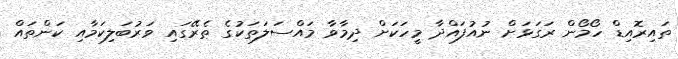
ތައިރޮއިޑް ހޯމޯން ރަގަޅަށް ނުއުފައްދާ މީހަކަށް ދިމާވާ މައްސަލަތަކުގެ ތެރޭގައި ވަރުބަލިކަމާއި ކަންތައް